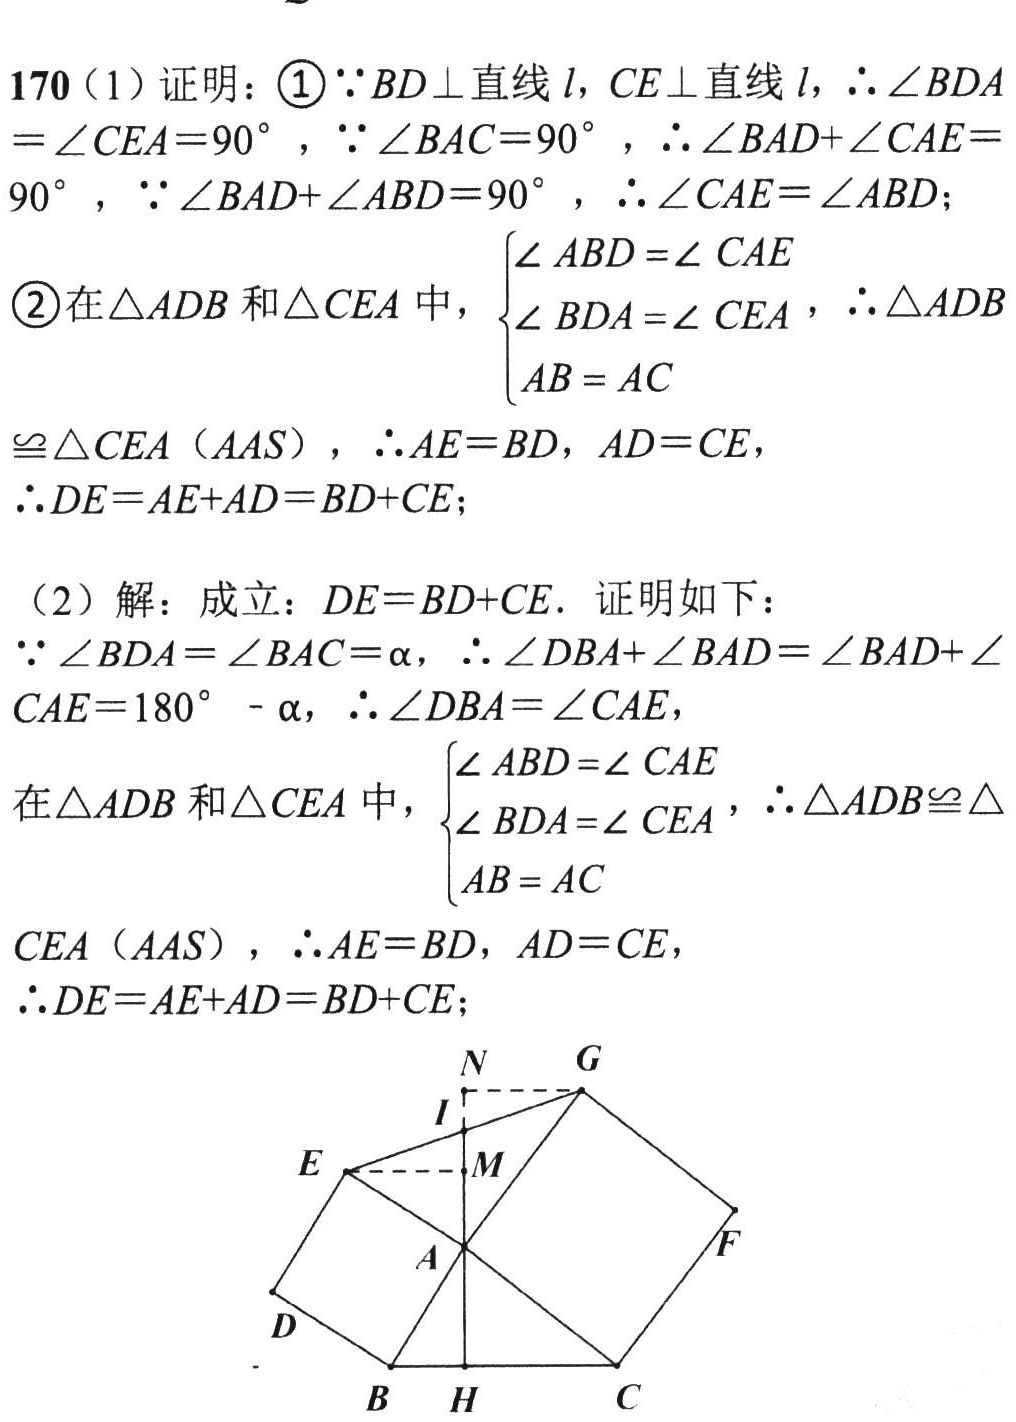
170（1）证明：\textcircled{1}\(\because BD\perp\)直线\(l\)，\(CE\perp\)直线\(l\)，\(\therefore \angle BDA=\angle CEA = 90^{\circ}\)，\(\because\angle BAC = 90^{\circ}\)，\(\therefore\angle BAD+\angle CAE=90^{\circ}\)，\(\because\angle BAD+\angle ABD = 90^{\circ}\)，\(\therefore\angle CAE=\angle ABD\)；
\textcircled{2}在\(\triangle ADB\)和\(\triangle CEA\)中，\(\begin{cases}\angle ABD=\angle CAE\\\angle BDA=\angle CEA\\AB = AC\end{cases}\)，\(\therefore\triangle ADB\cong\triangle CEA\)（\(AAS\)），\(\therefore AE = BD\)，\(AD = CE\)，\(\therefore DE=AE + AD=BD + CE\)；
（2）解：成立：\(DE=BD + CE\). 证明如下：
\(\because\angle BDA=\angle BAC=\alpha\)，\(\therefore\angle DBA+\angle BAD=\angle BAD+\angle CAE=180^{\circ}-\alpha\)，\(\therefore\angle DBA=\angle CAE\)，
在\(\triangle ADB\)和\(\triangle CEA\)中，\(\begin{cases}\angle ABD=\angle CAE\\\angle BDA=\angle CEA\\AB = AC\end{cases}\)，\(\therefore\triangle ADB\cong\triangle CEA\)（\(AAS\)），\(\therefore AE = BD\)，\(AD = CE\)，\(\therefore DE=AE + AD=BD + CE\)；